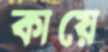
কায়ে